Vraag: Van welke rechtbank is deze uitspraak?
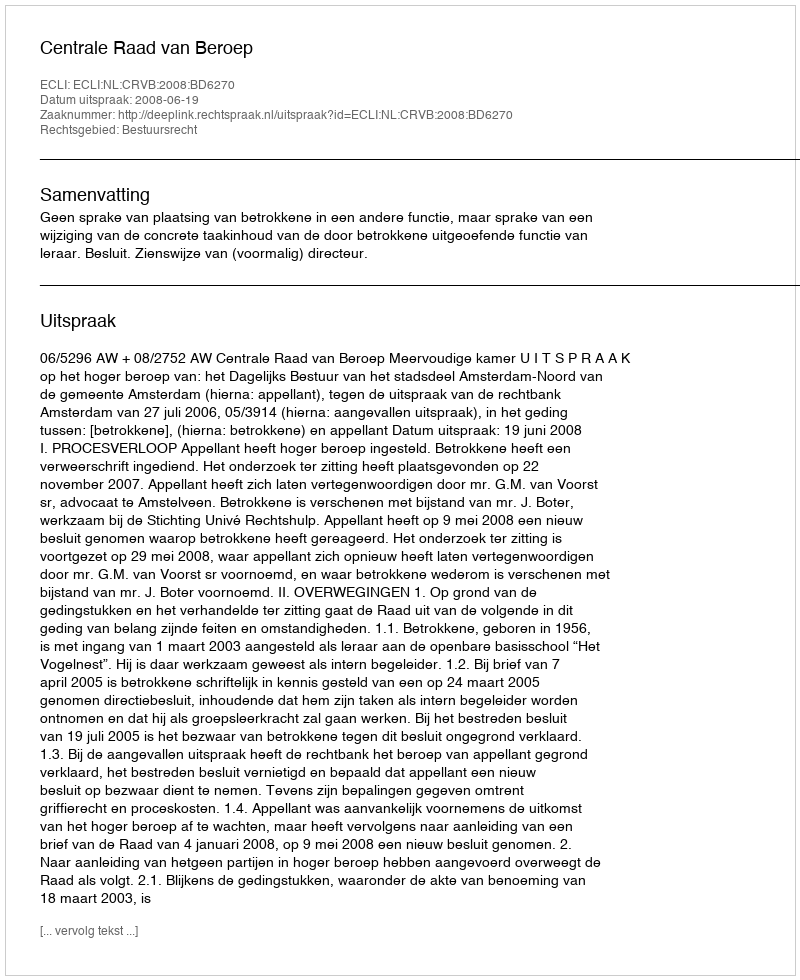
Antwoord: Centrale Raad van Beroep